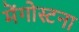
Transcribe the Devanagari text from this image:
मेंगोस्टना